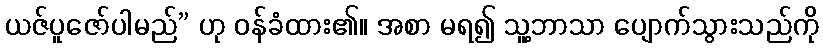
ယဇ်ပူဇော်ပါမည်” ဟု ဝန်ခံထား၏။ အစာ မရ၍ သူ့ဘာသာ ပျောက်သွားသည်ကို